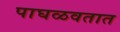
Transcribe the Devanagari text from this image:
पाघळवतात